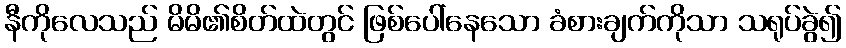
နီကိုလေသည် မိမိ၏စိတ်ထဲတွင် ဖြစ်ပေါ်နေသော ခံစားချက်ကိုသာ သရုပ်ခွဲ၍